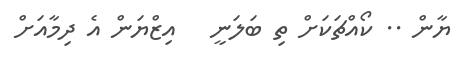
ޔާން .. ކޯއްޗަކަށް ތި ބަލަނީ   އިޒްޔަން އެ ދިމާއަށް